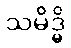
သမိဒ္ဓိ